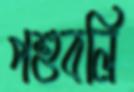
পশুবলি